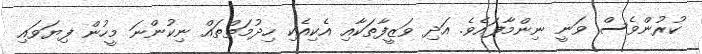
ކުރުންވެސް ވަނީ ނިންމާފައެވެ. އަދި ވަޒީފާތަކާއި އެކިއެކި ހިދުމަތްތައް ނިކުންނަ މީހުން ފިޔަވައި